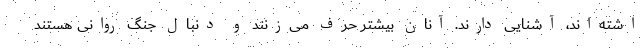
اشته‌اند، آشنایی دارند. آنان بیشتر حرف می‌زنند و دنبال جنگ روانی هستند